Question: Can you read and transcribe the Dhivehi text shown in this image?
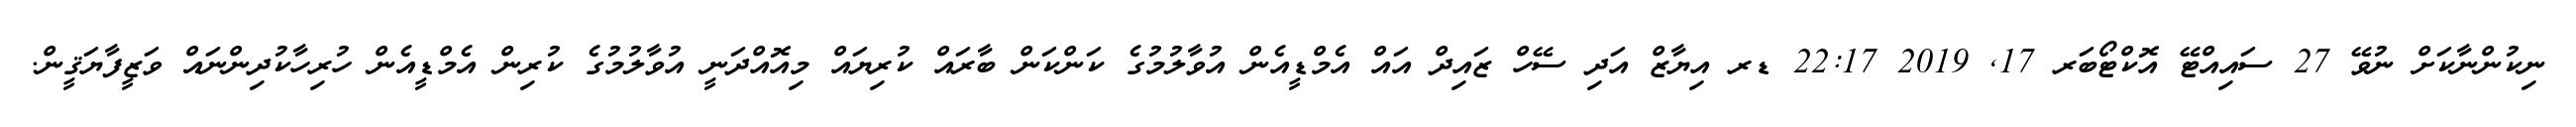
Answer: ނިކުންނާކަށް ނުވޭ 27 ސައިއްޓޭ އޮކްޓޯބަރ 17, 2019 22:17 ޑރ އިޔާޒް އަދި ސޭހް ޒައިދް އައް އެމްޑީއެން އުވާލުމުގެ ކަންކަން ބާރައް ކުރިޔައް މިއޮއްދަނީ އުވާލުމުގެ ކުރިން އެމްޑީއެން ހުރިހާކުދިންނައް ވަޒީފާޔަޤީން.